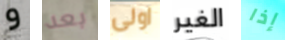
و بعد اولى الغير إذا